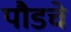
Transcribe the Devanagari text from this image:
पौडचे